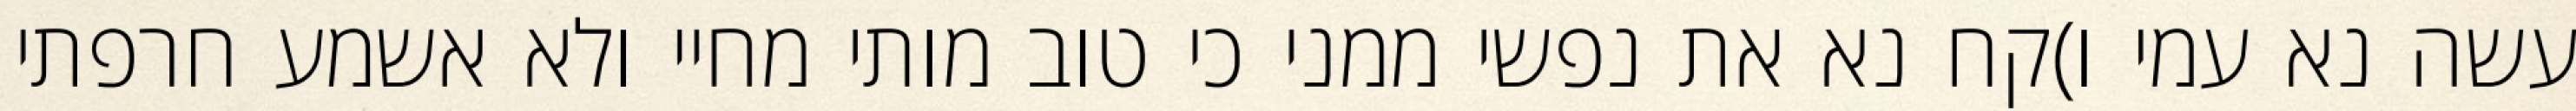
עשה נא עמי ו)קח נא את נפשי ממני כי טוב מותי מחיי ולא אשמע חרפתי